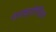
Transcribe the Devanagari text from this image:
पंचक्रोशित